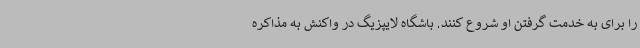
را برای به خدمت گرفتن او شروع کنند. باشگاه لایپزیگ در واکنش به مذاکره